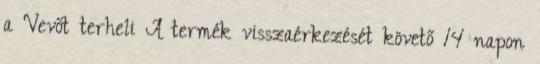
a Vevőt terheli A termék visszaérkezését követő 14 napon